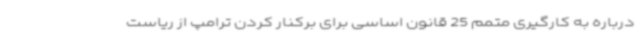
درباره به کارگیری متمم 25 قانون اساسی برای برکنار کردن ترامپ از ریاست